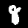
Digit: 8